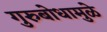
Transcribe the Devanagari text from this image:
गुरुबोधामुळे